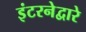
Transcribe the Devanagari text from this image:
इंटरनेद्वारे